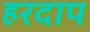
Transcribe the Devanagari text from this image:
हरदाप